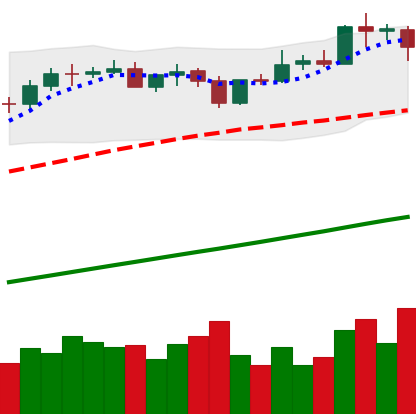
Ticker: BTC-USD
Chart end date: 2021-04-16
Forward return: -12.451%
Label: down_7plus